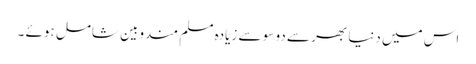
اس میں دنیا بھر سے دو سو سے زیادہ مسلم مندوبین شامل ہوئے ۔